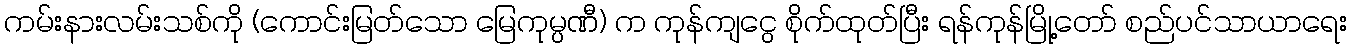
ကမ်းနားလမ်းသစ်ကို (ကောင်းမြတ်သော မြေကုမ္ပဏီ) က ကုန်ကျငွေ စိုက်ထုတ်ပြီး ရန်ကုန်မြို့တော် စည်ပင်သာယာရေး